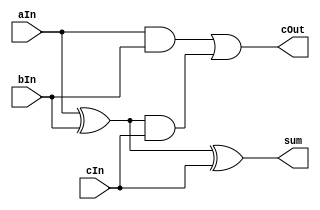
`timescale 1ns / 1ps
//////////////////////////////////////////////////////////////////////////////////
// Company: 
// Engineer: 
// 
// Design Name: 
// Module Name: FullAdder
// Project Name: 
// Target Devices: 
// Tool Versions: 
// Description: 
// 
// Dependencies: 
// 
// Revision:
// Revision 0.01 - File Created
// Additional Comments:
// 
//////////////////////////////////////////////////////////////////////////////////

module FullAdder(
    input aIn,
    input bIn,
    input cIn,
    output sum,
    output cOut
  );
  
  wire abx;
  assign abx = aIn ^ bIn;
  
  assign sum = abx ^ cIn;
  assign cOut = (aIn & bIn) | (abx & cIn);
  
endmodule